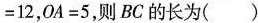
=12，0A=5，则BC的长为()